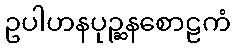
ဥပါဟနပုဉ္ဆနစောဠကံ